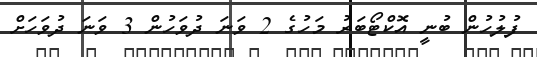
ފުލުހުން ބުނީ އޮކްޓޯބަރު މަހުގެ 2 ވަނަ ދުވަހުން 3 ވަނަ ދުވަހަށް